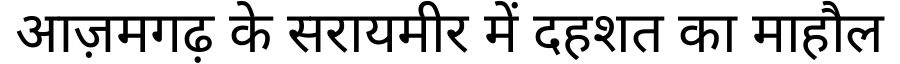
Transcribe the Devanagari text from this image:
आज़मगढ़ के सरायमीर में दहशत का माहौल